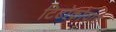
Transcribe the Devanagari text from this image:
टिटोकोवारु